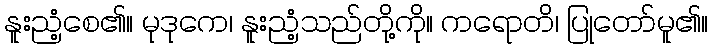
နူးညံ့စေ၏။ မုဒုကေ၊ နူးညံ့သည်တို့ကို။ ကရောတိ၊ ပြုတော်မူ၏။